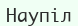
Наупіл